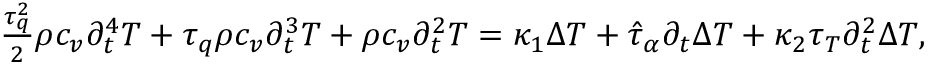
\begin{array} { r } { \frac { \tau _ { q } ^ { 2 } } { 2 } \rho c _ { v } \partial _ { t } ^ { 4 } T + \tau _ { q } \rho c _ { v } \partial _ { t } ^ { 3 } T + \rho c _ { v } \partial _ { t } ^ { 2 } T = \kappa _ { 1 } \Delta T + \hat { \tau } _ { \alpha } \partial _ { t } \Delta T + \kappa _ { 2 } \tau _ { T } \partial _ { t } ^ { 2 } \Delta T , } \end{array}